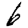
Digit: 6